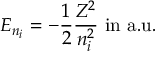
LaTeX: E _ { n _ { i } } = - { \frac { 1 } { 2 } } { \frac { Z ^ { 2 } } { n _ { i } ^ { 2 } } } { \mathrm { ~ i n ~ a . u . } }